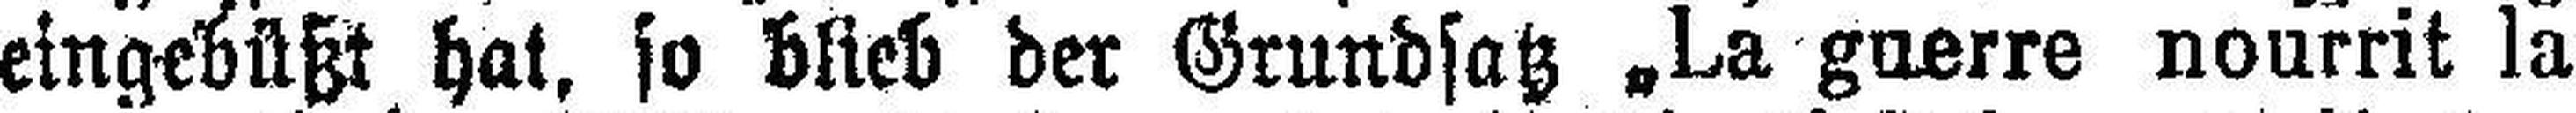
eingebüßt hat, so blieb der Grundsatz „La guerre nourrit la